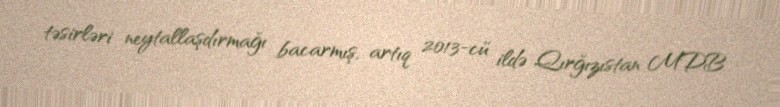
təsirləri neytallaşdırmağı bacarmış, artıq 2013-cü ildə Qırğızıstan MDB